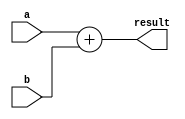
`timescale 1ns / 1ps

module adder #(parameter WIDTH = 8) (
    input [WIDTH-1:0] a,
    input [WIDTH-1:0] b,
    output [WIDTH-1:0] result
    );
	
	assign result = a+b;

endmodule